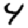
Digit: 4